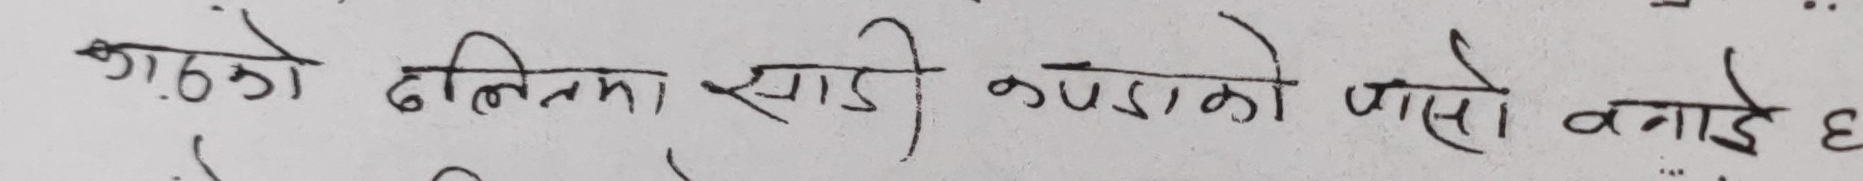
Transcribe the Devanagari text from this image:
गाठो दलिमा साडी कपडाको पासो बनाएँ